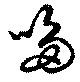
哆